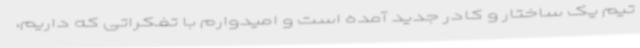
تیم یک ساختار و کادر جدید آمده است و امیدوارم با تفکراتی که داریم،